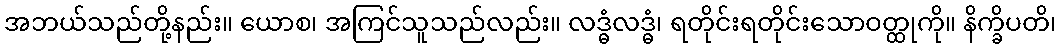
အဘယ်သည်တို့နည်း။ ယောစ၊ အကြင်သူသည်လည်း။ လဒ္ဓံလဒ္ဓံ၊ ရတိုင်းရတိုင်းသောဝတ္ထုကို။ နိက္ခိပတိ၊